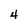
Character: 4